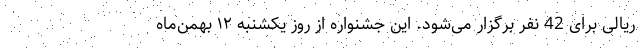
ریالی برای 42 نفر برگزار می‌شود. این جشنواره از روز یکشنبه ۱۲ بهمن‌ماه